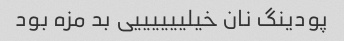
پودینگ نان خیلییییییی بد مزه بود